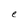
Character: e